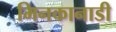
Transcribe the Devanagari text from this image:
मिनकानाडी